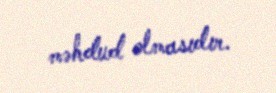
məhdud olmasıdır.